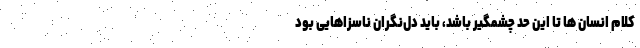
کلام انسان ها تا این حد چشمگیر باشد، باید دل‌نگرانِ ناسزاهایی بود